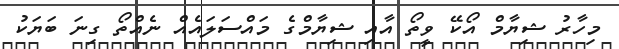
މިހާރު ޝިޔާމް އޯކޭ ވީތޯ އާއި ޝިޔާމްގެ މައްސަލައެއް ނެއްތޯ ގިނަ ބަޔަކު